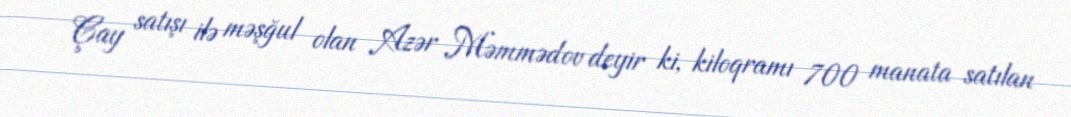
Çay satışı ilə məşğul olan Azər Məmmədov deyir ki, kiloqramı 700 manata satılan